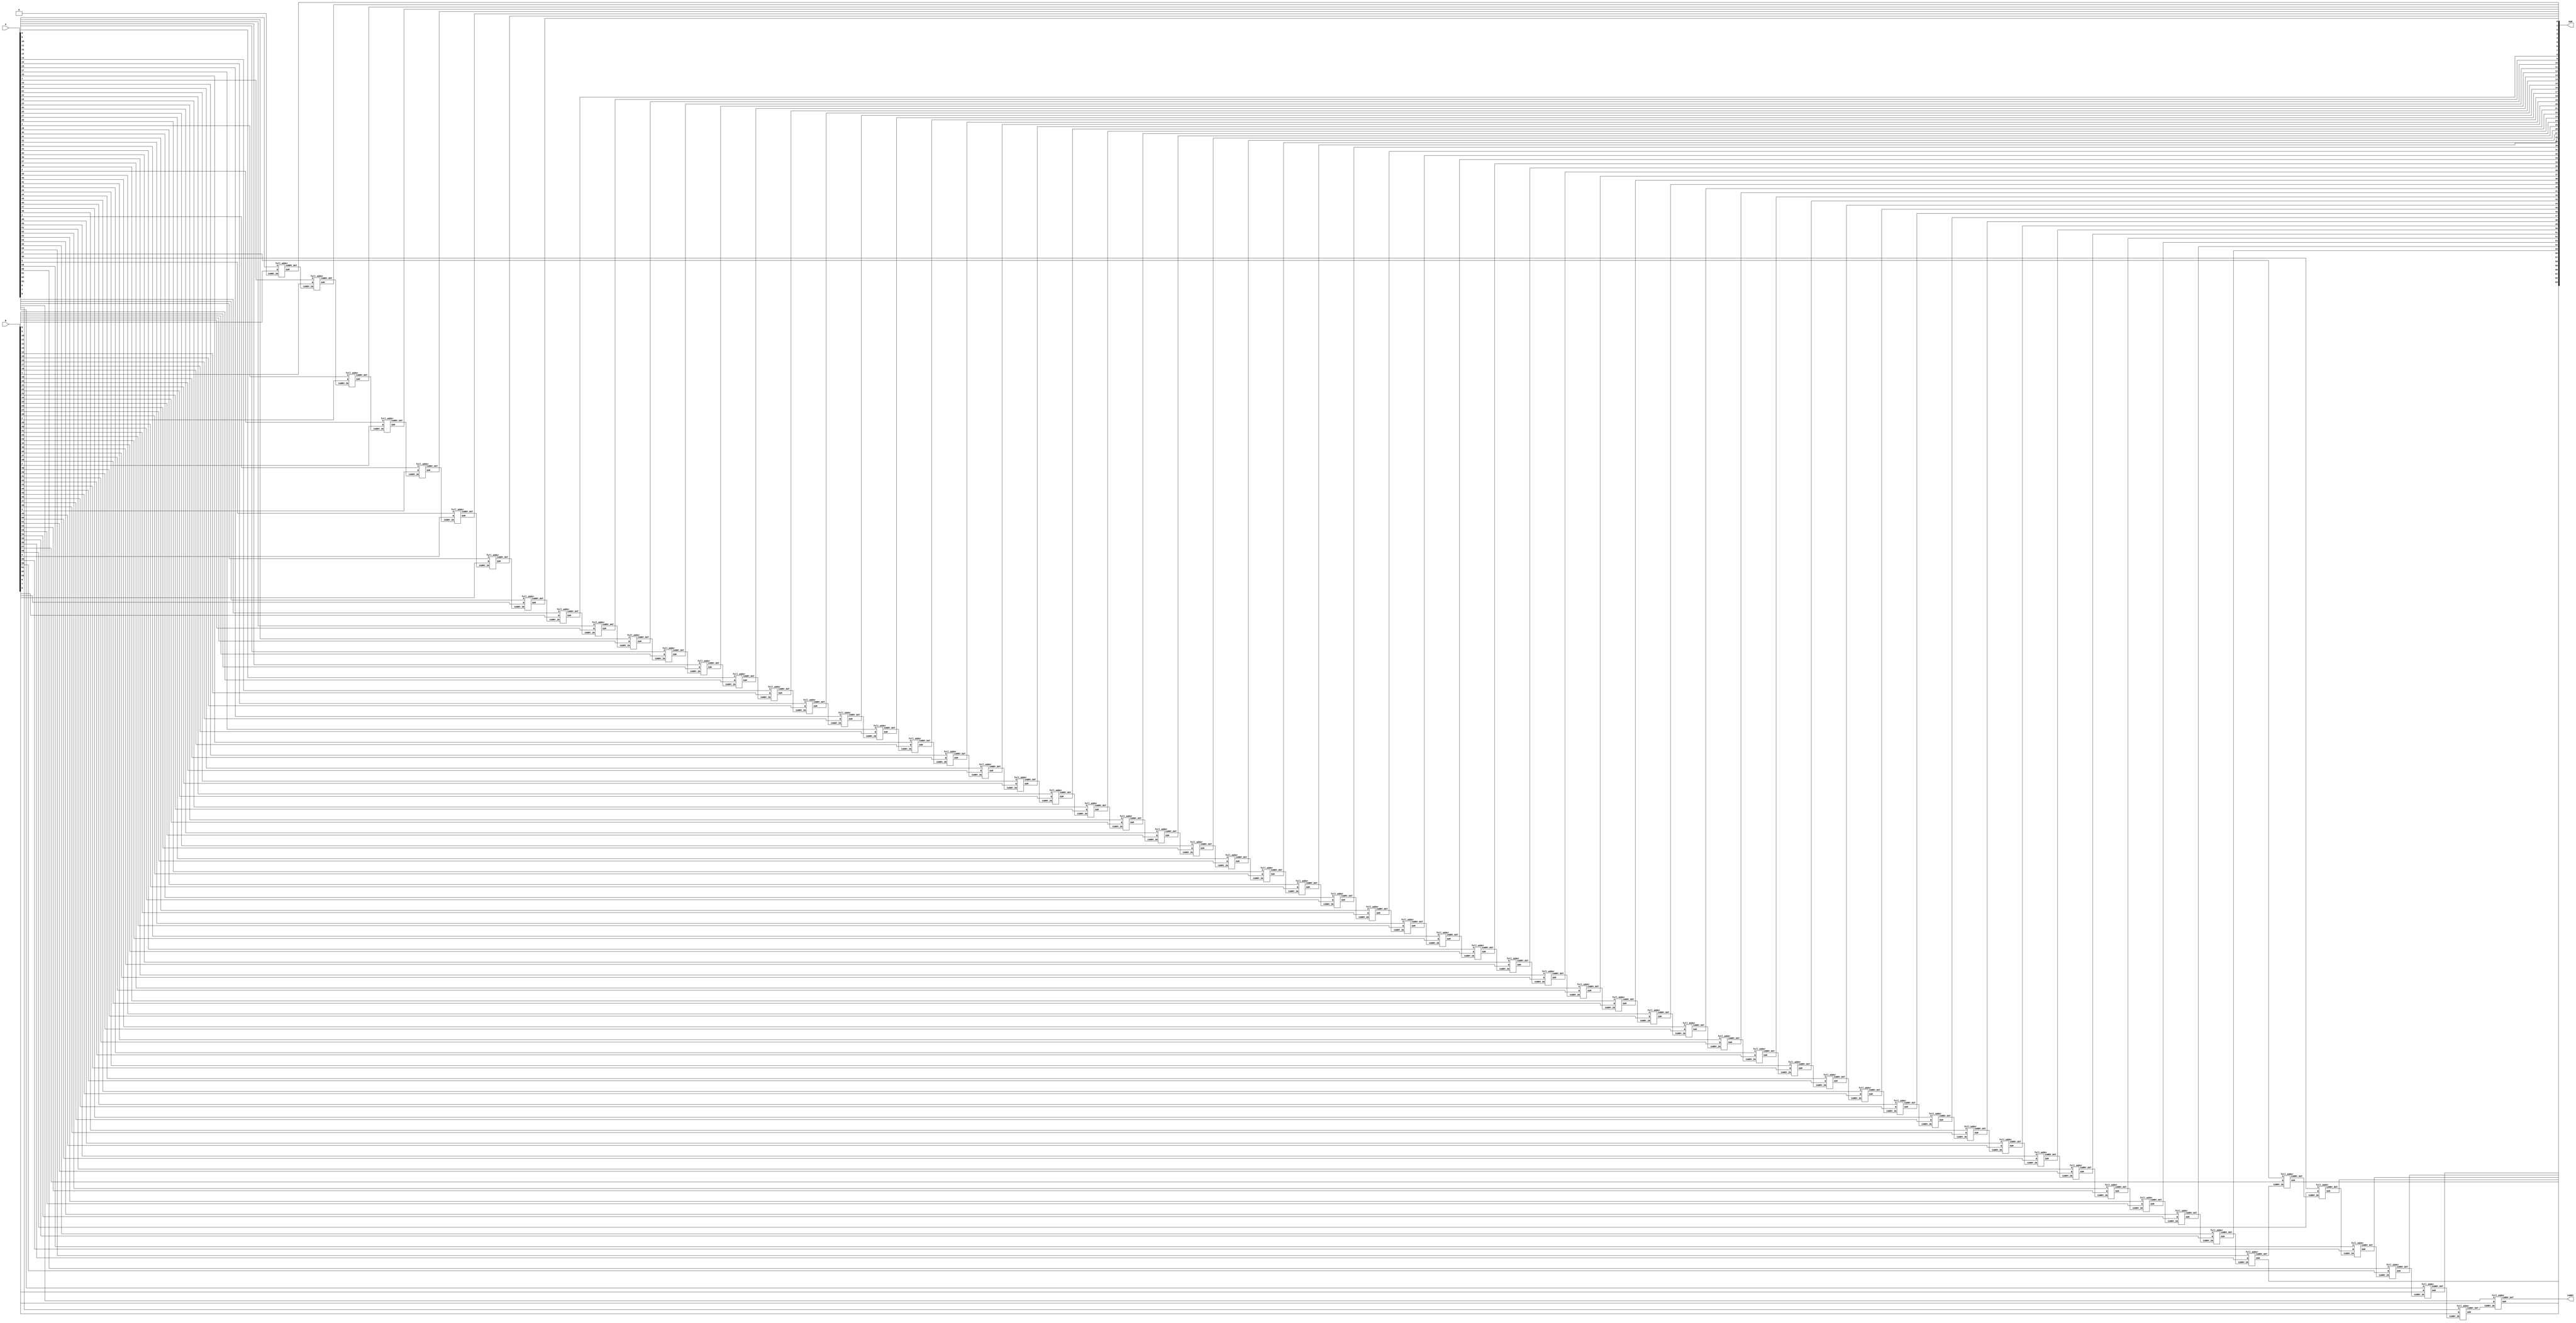
`timescale 1ns / 1ps

/*
    Group Members: Nikita Eisenhauer and Warren Seto
    Lab Name: Adder Design
    Design Description: Verilog Module to implement a 64-bit ripple adder
*/

module ripple_adder_64
(
  input [63:0] A,
  input [63:0] B,
  output [63:0] SUM,
  output CARRY
);

  // Create wires to connect each full_adder module to another to create a ripple
  wire CARRY0, CARRY1, CARRY2, CARRY3, CARRY4, CARRY5, CARRY6, CARRY7, CARRY8, CARRY9, CARRY10;
  wire CARRY11, CARRY12, CARRY13, CARRY14, CARRY15, CARRY16, CARRY17, CARRY18, CARRY19, CARRY20;
  wire CARRY21, CARRY22, CARRY23, CARRY24, CARRY25, CARRY26, CARRY27, CARRY28, CARRY29, CARRY30;
  wire CARRY31, CARRY32, CARRY33, CARRY34, CARRY35, CARRY36, CARRY37, CARRY38, CARRY39, CARRY40;
  wire CARRY41, CARRY42, CARRY43, CARRY44, CARRY45, CARRY46, CARRY47, CARRY48, CARRY49, CARRY50;
  wire CARRY51, CARRY52, CARRY53, CARRY54, CARRY55, CARRY56, CARRY57, CARRY58, CARRY59, CARRY60;
  wire CARRY61, CARRY62, CARRY63;

  // The first carry is zero
  assign CARRY0 = 1'b0;

  // Sixty-Four separate full adders are combined together to perform as one 64-bit adder
  full_adder op1 (A[0], B[0], CARRY0, SUM[0], CARRY1);
  full_adder op2 (A[1], B[1], CARRY1, SUM[1], CARRY2);
  full_adder op3 (A[2], B[2], CARRY2, SUM[2], CARRY3);
  full_adder op4 (A[3], B[3], CARRY3, SUM[3], CARRY4);
  full_adder op5 (A[4], B[4], CARRY4, SUM[4], CARRY5);
  full_adder op6 (A[5], B[5], CARRY5, SUM[5], CARRY6);
  full_adder op7 (A[6], B[6], CARRY6, SUM[6], CARRY7);
  full_adder op8 (A[7], B[7], CARRY7, SUM[7], CARRY8);
  full_adder op9 (A[8], B[8], CARRY8, SUM[8], CARRY9);
  full_adder op10 (A[9], B[9], CARRY9, SUM[9], CARRY10);
  full_adder op11 (A[10], B[10], CARRY10, SUM[10], CARRY11);
  full_adder op12 (A[11], B[11], CARRY11, SUM[11], CARRY12);
  full_adder op13 (A[12], B[12], CARRY12, SUM[12], CARRY13);
  full_adder op14 (A[13], B[13], CARRY13, SUM[13], CARRY14);
  full_adder op15 (A[14], B[14], CARRY14, SUM[14], CARRY15);
  full_adder op16 (A[15], B[15], CARRY15, SUM[15], CARRY16);
  full_adder op17 (A[16], B[16], CARRY16, SUM[16], CARRY17);
  full_adder op18 (A[17], B[17], CARRY17, SUM[17], CARRY18);
  full_adder op19 (A[18], B[18], CARRY18, SUM[18], CARRY19);
  full_adder op20 (A[19], B[19], CARRY19, SUM[19], CARRY20);
  full_adder op21 (A[20], B[20], CARRY20, SUM[20], CARRY21);
  full_adder op22 (A[21], B[21], CARRY21, SUM[21], CARRY22);
  full_adder op23 (A[22], B[22], CARRY22, SUM[22], CARRY23);
  full_adder op24 (A[23], B[23], CARRY23, SUM[23], CARRY24);
  full_adder op25 (A[24], B[24], CARRY24, SUM[24], CARRY25);
  full_adder op26 (A[25], B[25], CARRY25, SUM[25], CARRY26);
  full_adder op27 (A[26], B[26], CARRY26, SUM[26], CARRY27);
  full_adder op28 (A[27], B[27], CARRY27, SUM[27], CARRY28);
  full_adder op29 (A[28], B[28], CARRY28, SUM[28], CARRY29);
  full_adder op30 (A[29], B[29], CARRY29, SUM[29], CARRY30);
  full_adder op31 (A[30], B[30], CARRY30, SUM[30], CARRY31);
  full_adder op32 (A[31], B[31], CARRY31, SUM[31], CARRY32);
  full_adder op33 (A[32], B[32], CARRY32, SUM[32], CARRY33);
  full_adder op34 (A[33], B[33], CARRY33, SUM[33], CARRY34);
  full_adder op35 (A[34], B[34], CARRY34, SUM[34], CARRY35);
  full_adder op36 (A[35], B[35], CARRY35, SUM[35], CARRY36);
  full_adder op37 (A[36], B[36], CARRY36, SUM[36], CARRY37);
  full_adder op38 (A[37], B[37], CARRY37, SUM[37], CARRY38);
  full_adder op39 (A[38], B[38], CARRY38, SUM[38], CARRY39);
  full_adder op40 (A[39], B[39], CARRY39, SUM[39], CARRY40);
  full_adder op41 (A[40], B[40], CARRY40, SUM[40], CARRY41);
  full_adder op42 (A[41], B[41], CARRY41, SUM[41], CARRY42);
  full_adder op43 (A[42], B[42], CARRY42, SUM[42], CARRY43);
  full_adder op44 (A[43], B[43], CARRY43, SUM[43], CARRY44);
  full_adder op45 (A[44], B[44], CARRY44, SUM[44], CARRY45);
  full_adder op46 (A[45], B[45], CARRY45, SUM[45], CARRY46);
  full_adder op47 (A[46], B[46], CARRY46, SUM[46], CARRY47);
  full_adder op48 (A[47], B[47], CARRY47, SUM[47], CARRY48);
  full_adder op49 (A[48], B[48], CARRY48, SUM[48], CARRY49);
  full_adder op50 (A[49], B[49], CARRY49, SUM[49], CARRY50);
  full_adder op51 (A[50], B[50], CARRY50, SUM[50], CARRY51);
  full_adder op52 (A[51], B[51], CARRY51, SUM[51], CARRY52);
  full_adder op53 (A[52], B[52], CARRY52, SUM[52], CARRY53);
  full_adder op54 (A[53], B[53], CARRY53, SUM[53], CARRY54);
  full_adder op55 (A[54], B[54], CARRY54, SUM[54], CARRY55);
  full_adder op56 (A[55], B[55], CARRY55, SUM[55], CARRY56);
  full_adder op57 (A[56], B[56], CARRY56, SUM[56], CARRY57);
  full_adder op58 (A[57], B[57], CARRY57, SUM[57], CARRY58);
  full_adder op59 (A[58], B[58], CARRY58, SUM[58], CARRY59);
  full_adder op60 (A[59], B[59], CARRY59, SUM[59], CARRY60);
  full_adder op61 (A[60], B[60], CARRY60, SUM[60], CARRY61);
  full_adder op62 (A[61], B[61], CARRY61, SUM[61], CARRY62);
  full_adder op63 (A[62], B[62], CARRY62, SUM[62], CARRY63);
  full_adder op64 (A[63], B[63], CARRY63, SUM[63], CARRY);
endmodule


/*
    Group Members: Nikita Eisenhauer and Warren Seto
    Lab Name: Adder Design
    Design Description: Verilog Module for the full adder module that will be used in the 64-bit ripple adder
*/

module full_adder
(
  input A,
  input B,
  input CARRY_IN,
  output SUM,
  output CARRY_OUT
);

  // Declaring wires for gate connections
  wire tmpSum;
  wire tmp1;
  wire tmp1n;
  wire tmp2;
  wire tmp2n;
  wire tmp3;
  wire tmp4;
  wire tmp5;
  wire tmp6;

  // Using two XOR gates with 2 inputs per gate to compute the SUM bit output
  xor A1 (tmpSum, A, B);
  xor A2 (SUM, CARRY_IN, tmpSum);

  // Using various AND, NOT and OR gates with 2 inputs per gate to compute the CARRY_OUT bit
  not B1N (tmp1n, B);
  and B1 (tmp1, A, tmp1n);
  not B2N (tmp2n, A);
  and B2 (tmp2, tmp2n, B);
  and B3 (tmp3, A, B);
  and B4 (tmp4, tmp1, CARRY_IN);
  and B5 (tmp5, tmp2, CARRY_IN);
  or B6 (tmp6, tmp4, tmp5);
  or B7 (CARRY_OUT, tmp6, tmp3);
endmodule